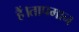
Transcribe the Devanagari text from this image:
हैं।तापमान